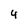
Character: 4